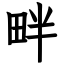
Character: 畔